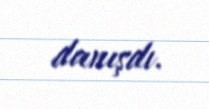
danışdı.